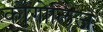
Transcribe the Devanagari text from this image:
कोंगोलिज